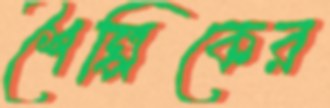
শৈল্পিকের